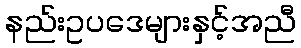
နည်းဥပဒေများနှင့်အညီ